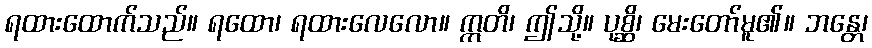
ရထားထောက်သည်။ ရထော၊ ရထားလေလော။ ဣတိ၊ ဤသို့။ ပုစ္ဆိ၊ မေးတော်မူ၏။ ဘန္တေ၊